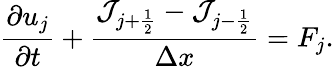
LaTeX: \frac{\partial u_{j}}{\partial t}+\frac{\mathcal{J}_{j+\frac{1}{2}}-\mathcal{J}_{j-\frac{1}{2}}}{\Delta x}=F_{j}.